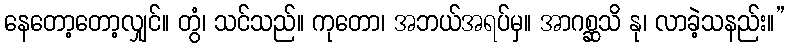
နေတော့တော့လျှင်။ တွံ၊ သင်သည်။ ကုတော၊ အဘယ်အရပ်မှ။ အာဂစ္ဆသိ နု၊ လာခဲ့သနည်း။”